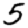
Digit: 5